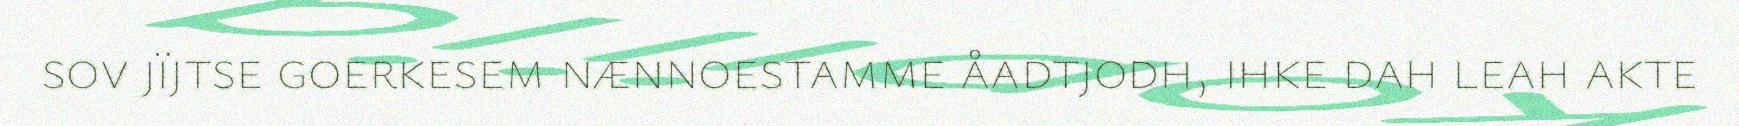
sov jïjtse goerkesem nænnoestamme åadtjodh, ihke dah leah akte